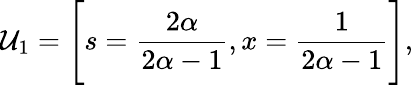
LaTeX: \mathcal{U}_{1}=\Bigg[s=\frac{2\alpha}{2\alpha-1},x=\frac{1}{2\alpha-1}\Bigg],